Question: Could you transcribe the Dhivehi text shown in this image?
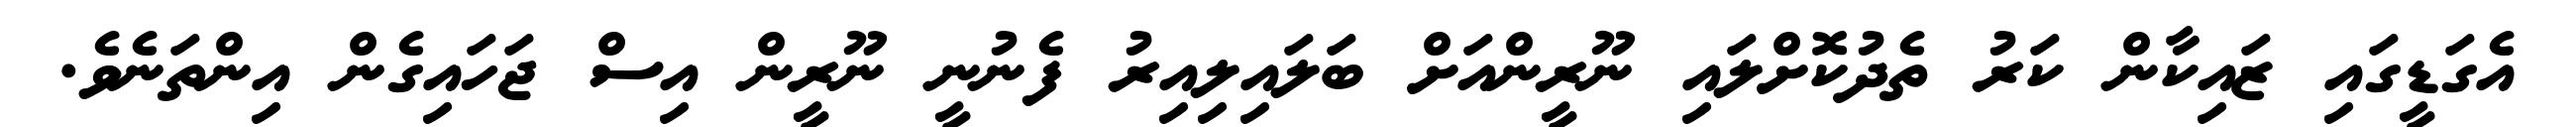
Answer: އެގަޑީގައި ޒައިކާން ކަރު ތެދުކޮށްލައި ނޫރީންއަށް ބަލައިލިއިރު ފެނުނީ ނޫރީން އިސް ޖަހައިގެން އިންތަނެވެ.